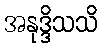
အနုဒ္ဒိသသိ